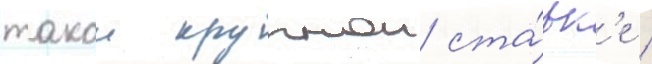
такои крупнои ста́вк'е /